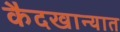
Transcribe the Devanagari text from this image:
कैदखान्यात